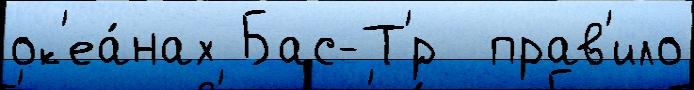
ок'еа́нах Бас-Т'́р  прав'ило